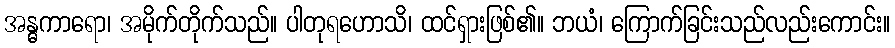
အန္ဓကာရော၊ အမိုက်တိုက်သည်။ ပါတုရဟောသိ၊ ထင်ရှားဖြစ်၏။ ဘယံ၊ ကြောက်ခြင်းသည်လည်းကောင်း။